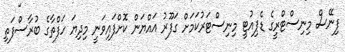
ފިނޭސް މިނިސްޓްރީގެ ޑެޕިއުޓީ މިނިސްޓަރުކަމަށް ގަފޫރު އައްޔަން ކޮށްފައިވަނީ މިދިޔަ ހަފްތާގެ ބުރާސްފަތި